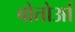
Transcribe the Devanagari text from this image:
बोतोआं